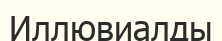
Иллювиалды